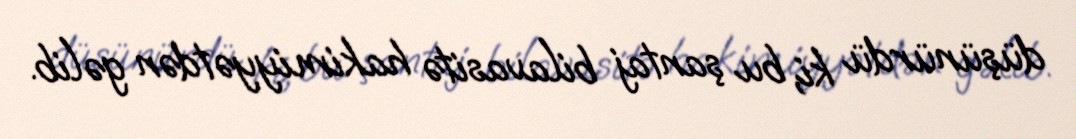
düşünürdü ki, bu şantaj bilavasitə hakimiyyətdən gəlib.